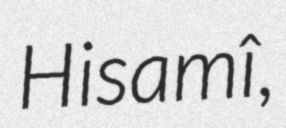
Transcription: Hisamî,